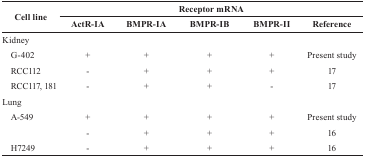
| <ROWSPAN=3> Cell line | <COLSPAN=5> Receptor mRNA |
 | ActR-IA | BMPR-IA | BMPR-IB | BMPR-II | Reference |
 | --- | --- | --- | --- | --- | --- |
 | Kidney |  |  |  |  |  |
 | G-402 | + | + | + | + | Present study |
 | RCC112 | - | + | + | + | 17 |
 | RCC117, 181 | - | + | + | - | 17 |
 | Lung |  |  |  |  |  |
 | A-549 | + | + | + | + | Present study |
 |  | - | + | + | + | 16 |
 | H7249 | - | + | + | + | 16 |